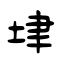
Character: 垏